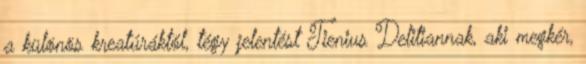
a különös kreatúráktól, tégy jelentést Tienius Delitiannak, aki megkér,